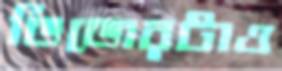
ডিডোরটাও